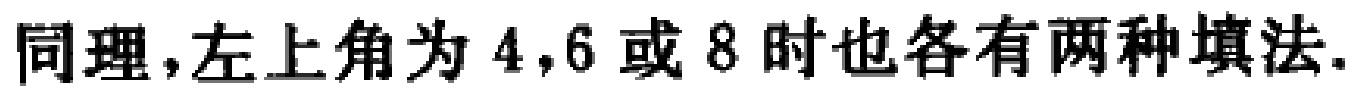
同理,左上角为 \(4,6\) 或 \(8\) 时也各有两种填法.